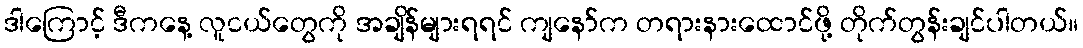
ဒါကြောင့် ဒီကနေ့ လူငယ်တွေကို အချိန်များရရင် ကျနော်က တရားနားထောင်ဖို့ တိုက်တွန်းချင်ပါတယ်။